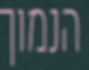
הנמוך